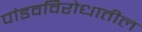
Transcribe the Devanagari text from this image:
पांडवविरोधातील